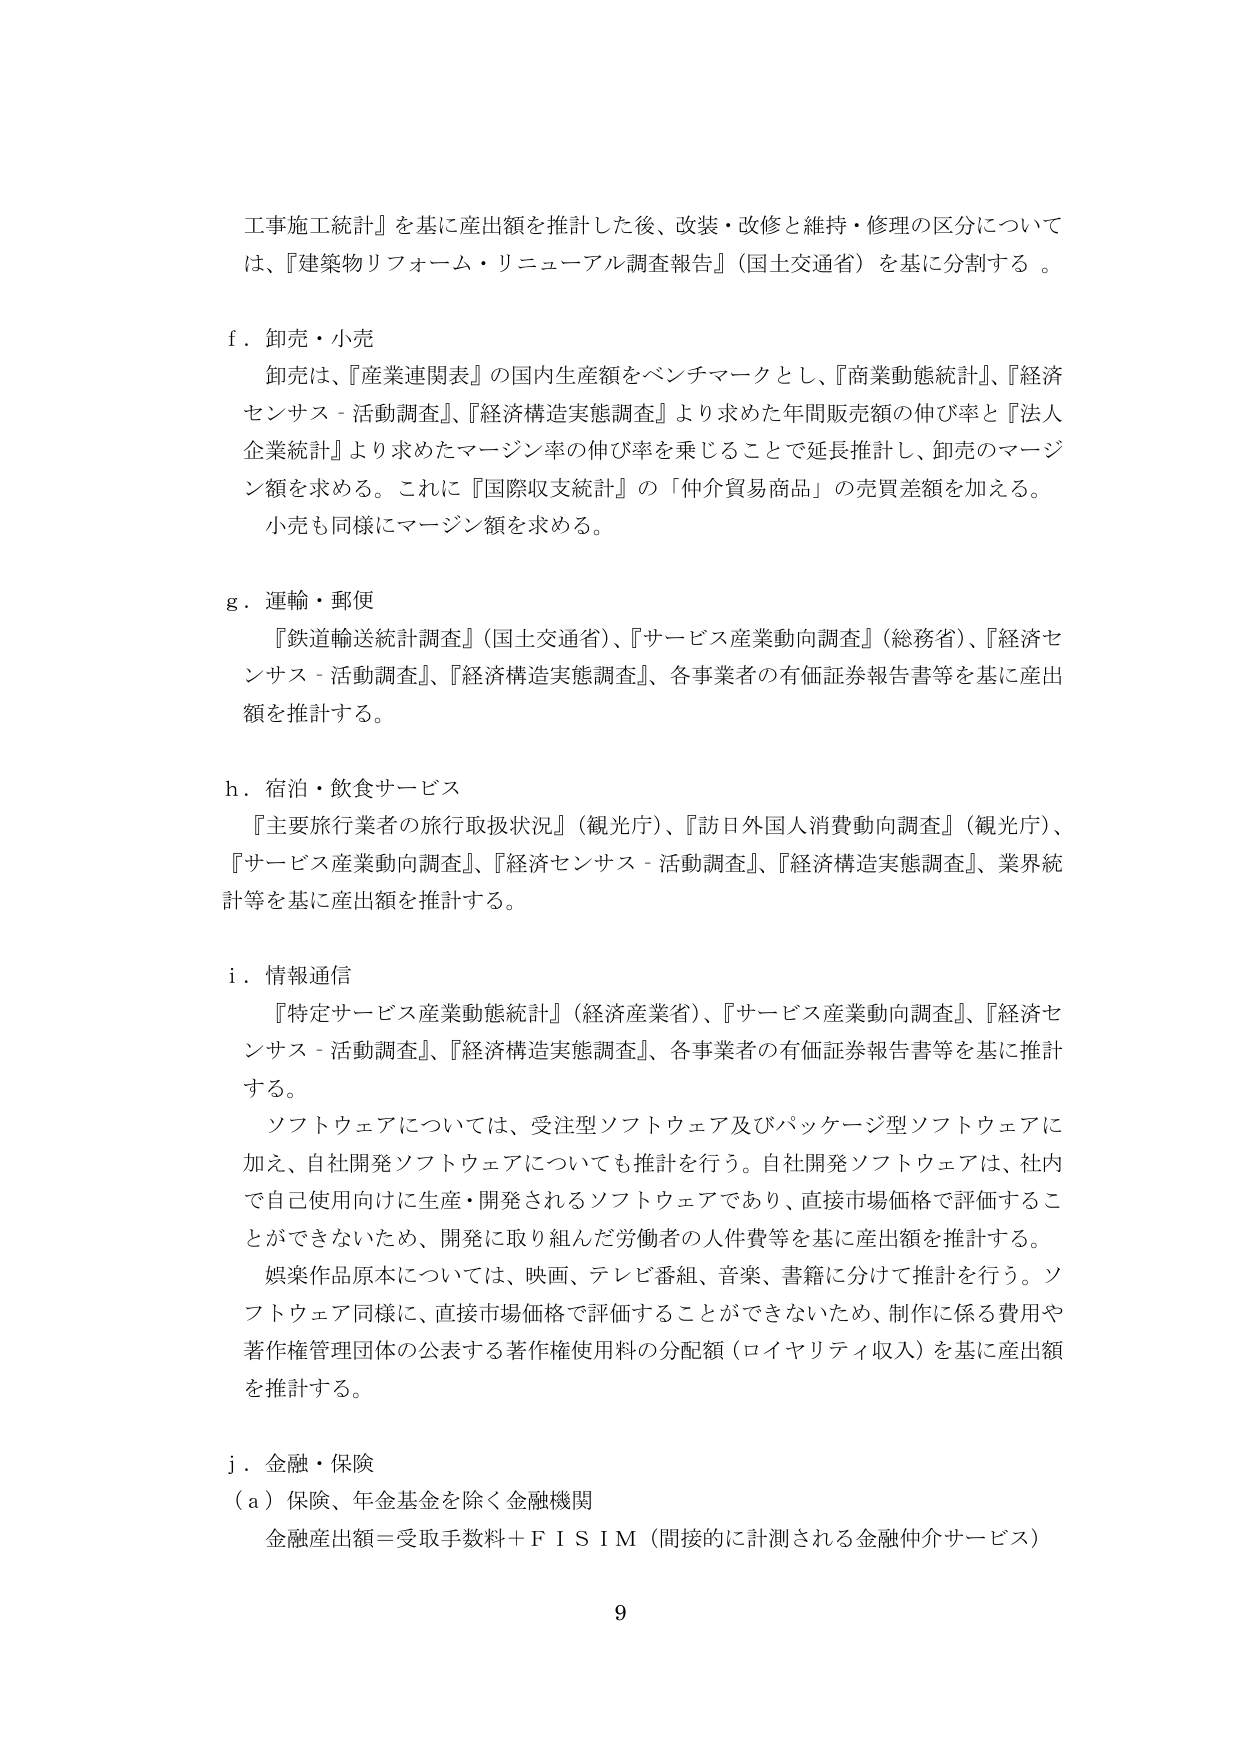
工事施工統計』を基に産出額を推計した後、改装・改修と維持・修理の区分については、『建築物リフォーム・リニューアル調査報告』（国土交通省）を基に分割する。

f．卸売・小売
　卸売は、『産業連関表』の国内生産額をベンチマークとし、『商業動態統計』、『経済センサス－活動調査』、『経済構造実態調査』より求めた年間販売額の伸び率と『法人企業統計』より求めたマージン率の伸び率を乗じることで延長推計し、卸売のマージン額を求める。これに『国際収支統計』の「仲介貿易商品」の売買差額を加える。
　小売も同様にマージン額を求める。

g．運輸・郵便
　『鉄道輸送統計調査』（国土交通省）、『サービス産業動向調査』（総務省）、『経済センサス－活動調査』、『経済構造実態調査』、各事業者の有価証券報告書等を基に産出額を推計する。

h．宿泊・飲食サービス
　『主要旅行業者の旅行取扱状況』（観光庁）、『訪日外国人消費動向調査』（観光庁）、『サービス産業動向調査』、『経済センサス－活動調査』、『経済構造実態調査』、業界統計等を基に産出額を推計する。

i．情報通信
　『特定サービス産業動態統計』（経済産業省）、『サービス産業動向調査』、『経済センサス－活動調査』、『経済構造実態調査』、各事業者の有価証券報告書等を基に推計する。
　ソフトウェアについては、受注型ソフトウェア及びパッケージ型ソフトウェアに加え、自社開発ソフトウェアについても推計を行う。自社開発ソフトウェアは、社内で自己使用向けに生産・開発されるソフトウェアであり、直接市場価格で評価することができないため、開発に取り組んだ労働者の人件費等を基に産出額を推計する。
　娯楽作品原本については、映画、テレビ番組、音楽、書籍に分けて推計を行う。ソフトウェア同様に、直接市場価格で評価することができないため、制作に係る費用や著作権管理団体の公表する著作権使用料の分配額（ロイヤリティ収入）を基に産出額を推計する。

j．金融・保険
　（a）保険、年金基金を除く金融機関
　　金融産出額＝受取手数料＋ＦＩＳＩＭ（間接的に計測される金融仲介サービス）

9